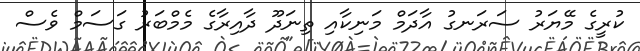
ކުރީގެ މޭޔަރު ސަރަނގު އާދަމް މަނިކާއި ތިނަދޫ ދާއިރާގެ މެމްބަރު ގަސަމް ވެސް